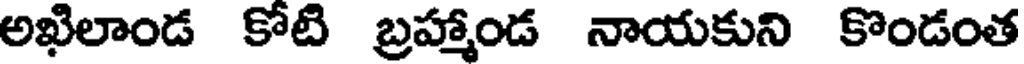
అఖిలాండ కోటి బ్రహ్మాండ నాయకుని కొండంత